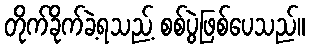
တိုက်ခိုက်ခဲ့ရသည့် စစ်ပွဲဖြစ်ပေသည်။